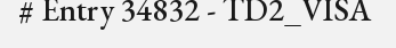
# Entry 34832 - TD2_VISA